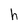
Character: h